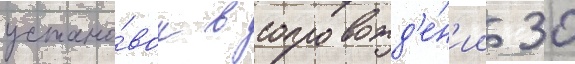
устано́вок в сопровожд'е́н'ии 30